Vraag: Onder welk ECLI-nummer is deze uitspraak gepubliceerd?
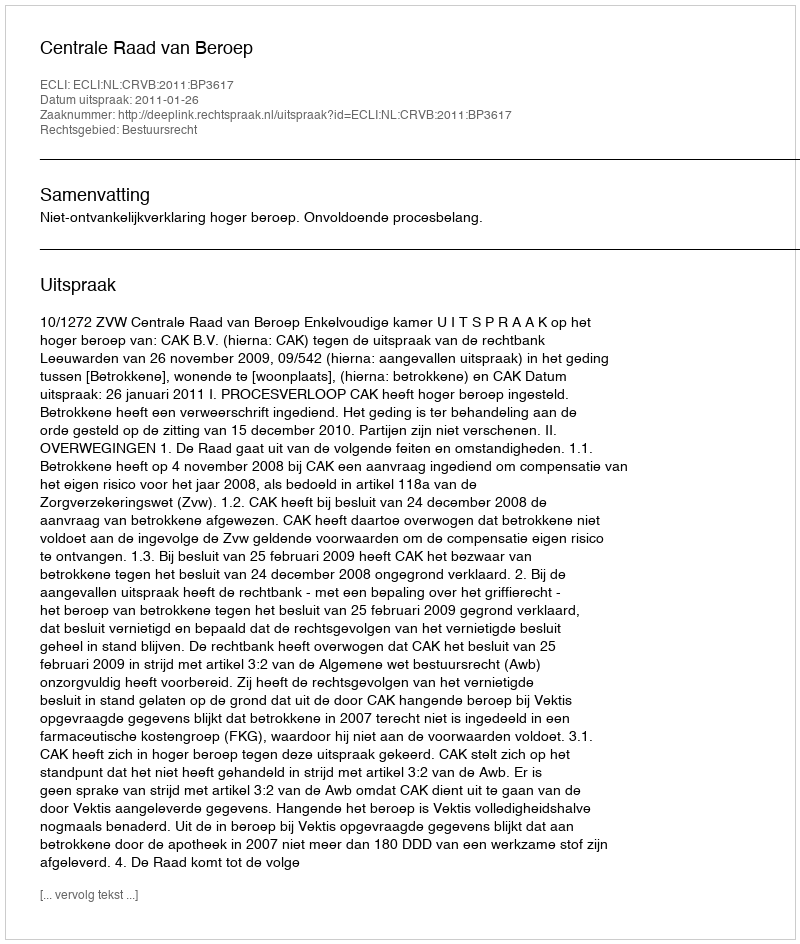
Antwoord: ECLI:NL:CRVB:2011:BP3617